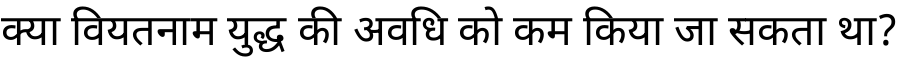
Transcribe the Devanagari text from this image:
क्या वियतनाम युद्ध की अवधि को कम किया जा सकता था?